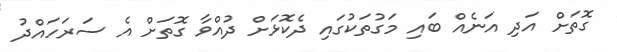
ގޮތަށް އަދި އަނެއް ބައި މަގުތަކުގައި ދެކޮޅަށް ދުއްވާ ގޮތަށް އެ ސަރަހައްދު